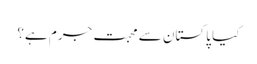
کیا پاکستان سے محبت جرم ہے؟